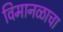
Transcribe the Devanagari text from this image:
विमानळाचा